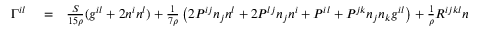
\begin{array} { r l r } { \Gamma ^ { i l } } & { { } = } & { \frac { S } { 1 5 \rho } ( g ^ { i l } + 2 n ^ { i } n ^ { l } ) + \frac 1 { 7 \rho } \left( 2 P ^ { i j } n _ { j } n ^ { l } + 2 P ^ { l j } n _ { j } n ^ { i } + P ^ { i l } + P ^ { j k } n _ { j } n _ { k } g ^ { i l } \right) + \frac 1 \rho R ^ { i j k l } n _ { j } n _ { k } + } \end{array}